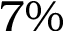
7 \%